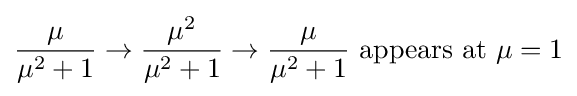
{\frac {\mu }{\mu ^{2}+1}}\to {\frac {\mu ^{2}}{\mu ^{2}+1}}\to {\frac {\mu }{\mu ^{2}+1}}{\mbox{ appears at }}\mu =1